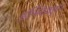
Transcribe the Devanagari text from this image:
इन्स्टिट्युटने